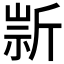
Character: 𣂫